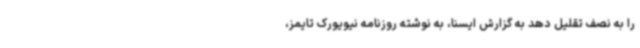
را به نصف تقلیل دهد به گزارش ایسنا، به نوشته روزنامه نیویورک تایمز،